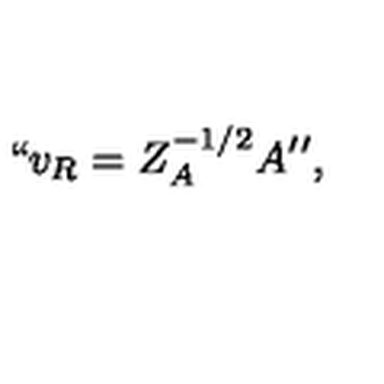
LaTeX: { \mathrm { \mathrm { ` ` } } } v _ { R } = Z _ { A } ^ { - 1 / 2 } A { \mathrm { \mathrm { ' ' } } } ,